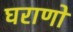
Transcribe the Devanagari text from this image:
घराणो